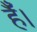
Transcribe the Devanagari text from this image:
हैैँँ।